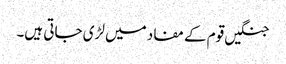
جنگیں قوم کے مفاد میں لڑی جاتی ہیں۔